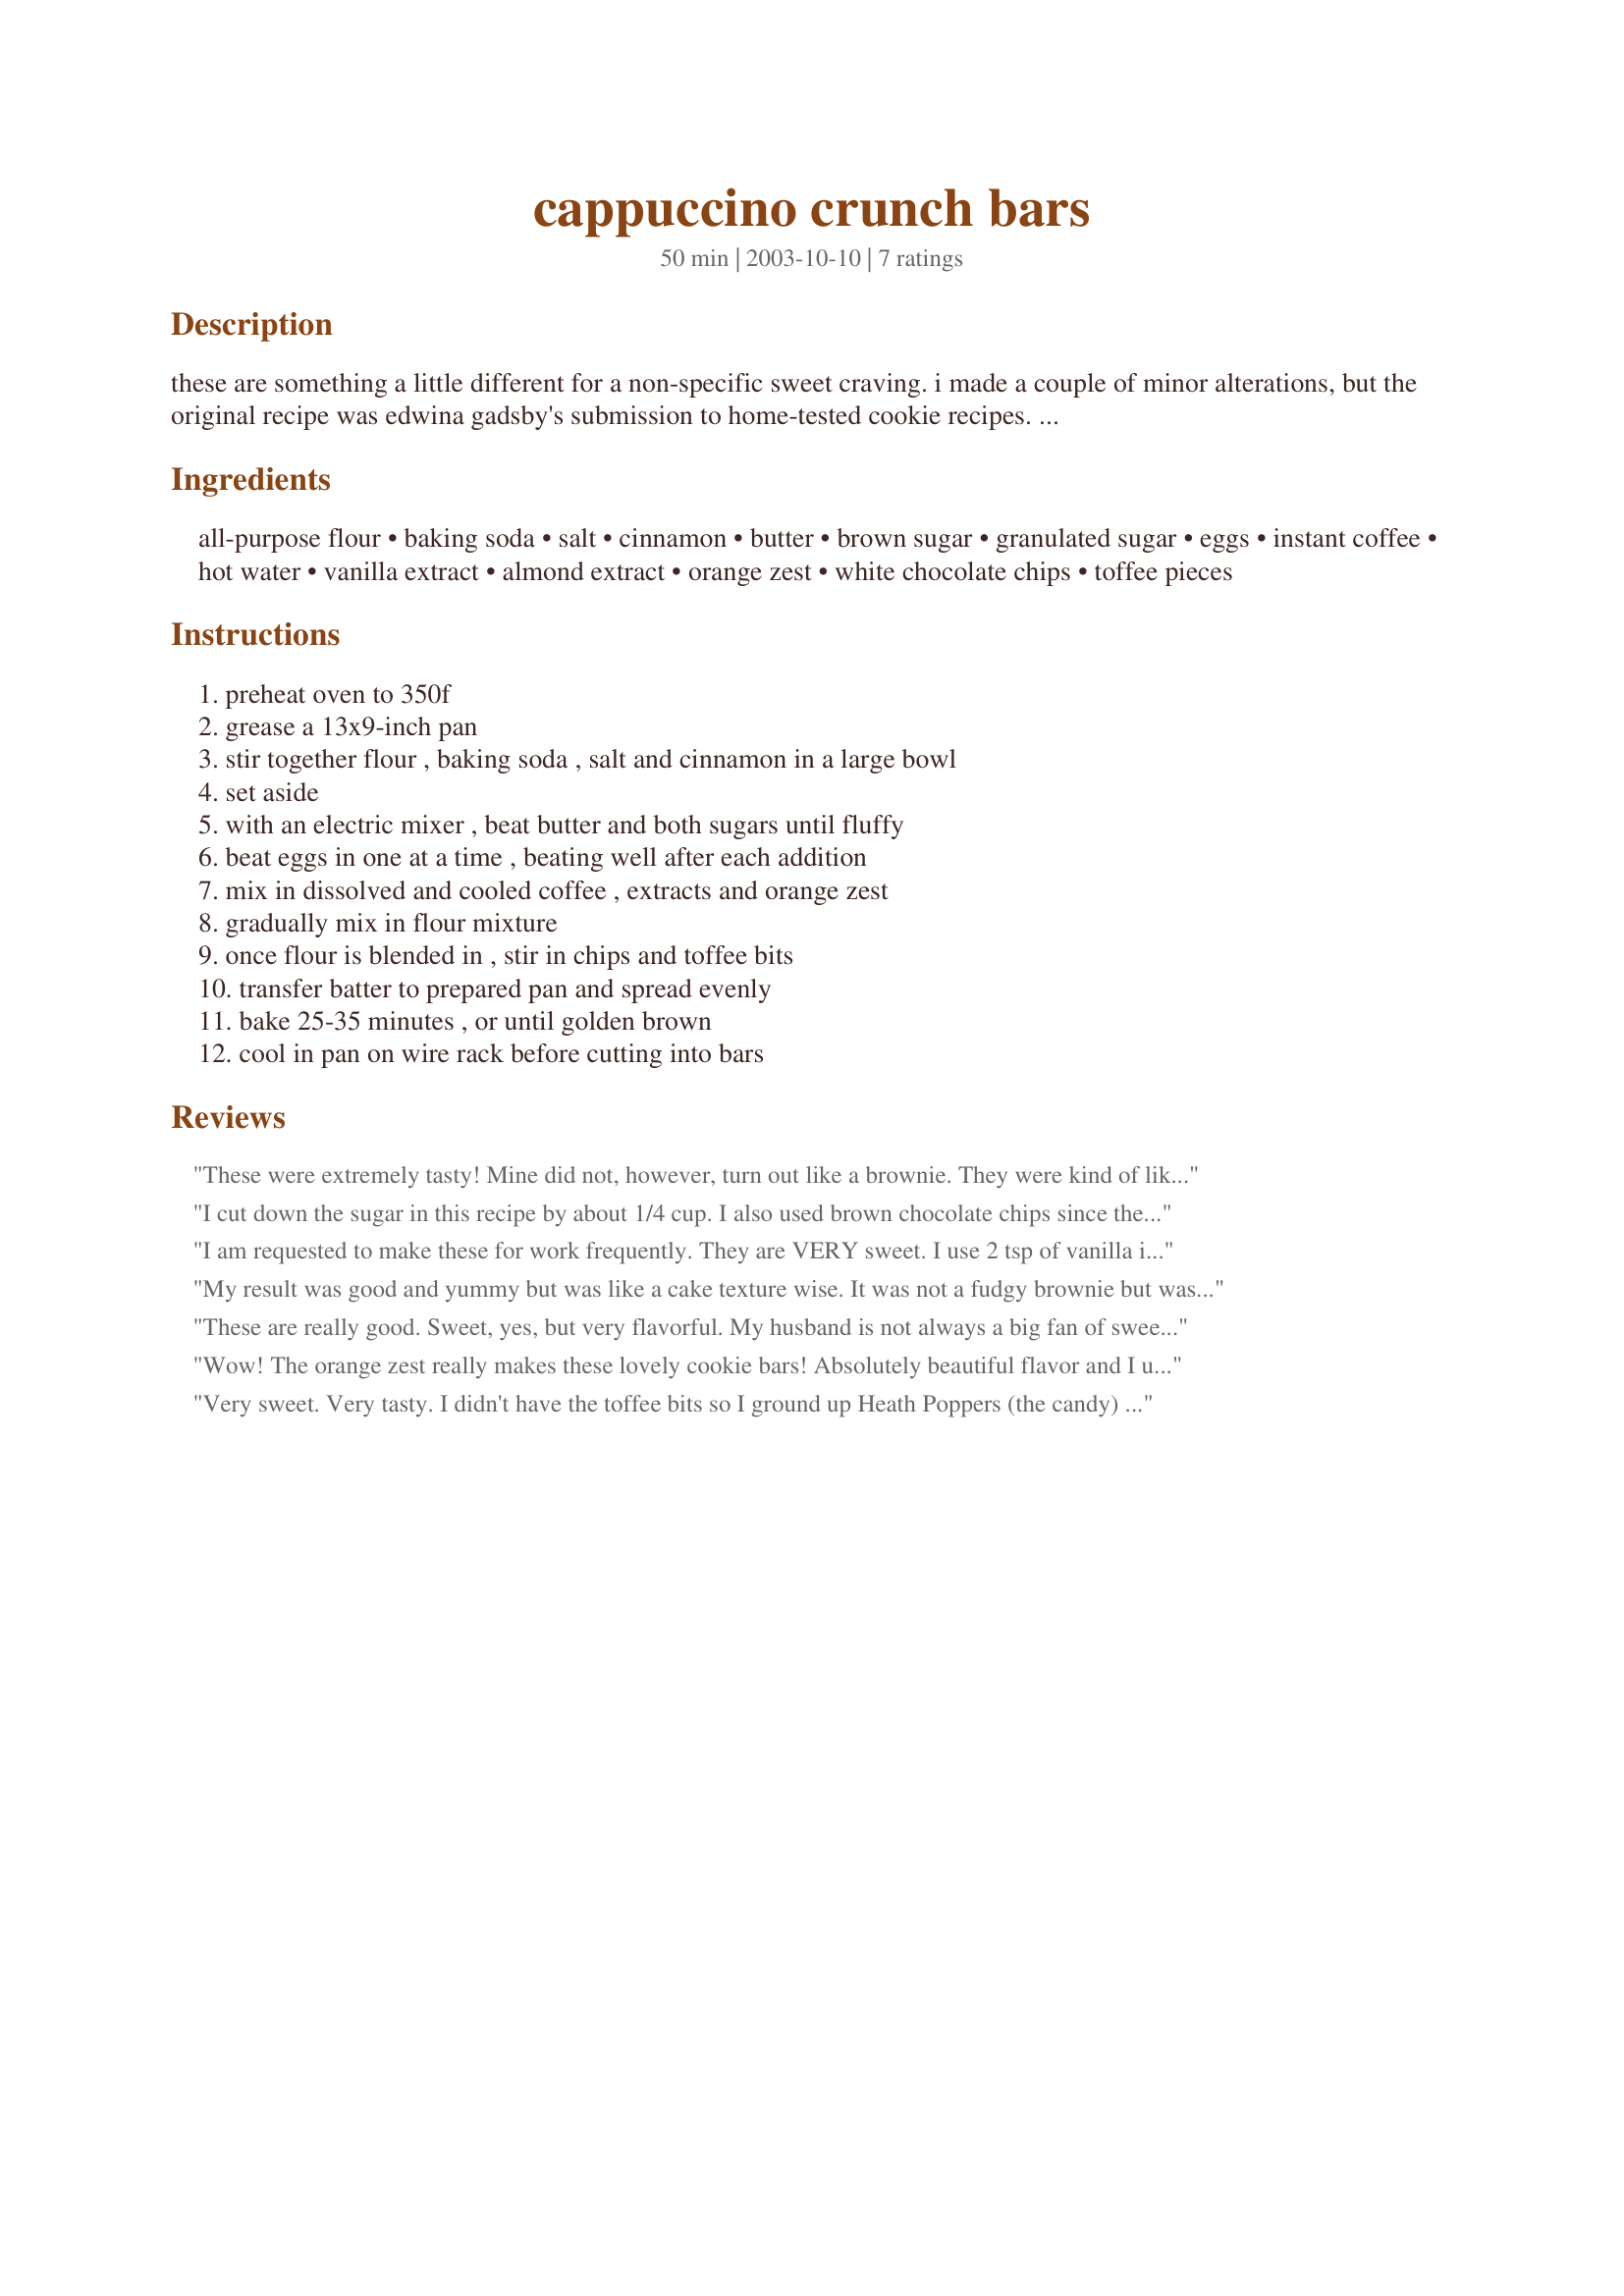
cappuccino crunch bars
Preparation time: 50 minutes

these are something a little different for a non-specific sweet craving. i made a couple of minor alterations, but the original recipe was edwina gadsby's submission to home-tested cookie recipes. i found that they are better a day or two after you make them.

Ingredients:
all-purpose flour, baking soda, salt, cinnamon, butter, brown sugar, granulated sugar, eggs, instant coffee, hot water, vanilla extract, almond extract, orange zest, white chocolate chips, toffee pieces

Steps:
preheat oven to 350f, grease a 13x9-inch pan, stir together flour , baking soda , salt and cinnamon in a large bowl, set aside, with an electric mixer , beat butter and both sugars until fluffy, beat eggs in one at a time , beating well after each addition, mix in dissolved and cooled coffee , extracts and orange zest, gradually mix in flour mixture, once flour is blended in , stir in chips and toffee bits, transfer batter to prepared pan and spread evenly, bake 25-35 minutes , or until golden brown, cool in pan on wire rack before cutting into bars

Reviews:
These were extremely tasty! Mine did not, however, turn out like a brownie. They were kind of like cake with a crunchy toffee bottom crust. I'm not sure if I might have over "fluffed" the butter and sugars or if it might have been because I used egg beaters instead of the actual eggs. Regardless of them not turning out quite as I had expected, I rather enjoyed the crunchy bottom crust (but it was kind of hard to get out of the pan at first). My toffee was chocolate covered and I used only about 3/4 cup white chocolate because that's what I had. I used orange extract (didn't have any fresh oranges) and cut down on it (only 1/4 tsp) since one reviewer suggested that the orange overpowered the coffee flavor. These really were great though! Thanks for posting such a tasty alternative to brownies!
I cut down the sugar in this recipe by about 1/4 cup. I also used brown chocolate chips since the grocery store didn't have white and chocolate covered toffee bits. The bars are very good and very sweet. Made for ZWT4
I am requested to make these for work frequently. They are VERY sweet. I use 2 tsp of vanilla instead of the vanilla and almond and I use chocolate covered toffee bits instead of plain toffee bits.
They are very gooey in the middle. Don't put them down on a piece of paper unless you want to see how much grease comes out of them. Think I'll go make some right now.
My result was good and yummy but was like a cake texture wise. It was not a fudgy brownie but was nevertheless delicious. I cut back a bit on the sugar and used dark chocolate chunks. Made for ZWT 7.
These are really good. Sweet, yes, but very flavorful. My husband is not always a big fan of sweets, but he thought these were the best brownies ever. Moist and chewy. The only thing I might do differently next time is leave out about 1/4 cup of butter, as there was quite a lot of butter visible in the bottom of the pan. Thanks for posting!
Wow! The orange zest really makes these lovely cookie bars! Absolutely beautiful flavor and I underbaked them a bit so they would stay chewy and gooey. I cut the recipe in half and used 1/4 c white and 1/4 c milk chocolate chips. These are going in the keeper file!
Very sweet. Very tasty. I didn't have the toffee bits so I ground up Heath Poppers (the candy) in my food processor and used those. WOW! I might increase the coffee "extract" next time as I found the orange zest to stand out more than the coffee flavor. Very sweet - takes just a small square to make the sweet tooth happy. Thanks!
